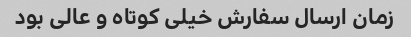
زمان ارسال سفارش خیلی کوتاه و عالی بود